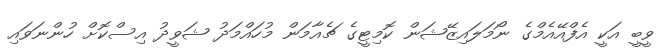
ވީބީ އަކީ އެފްއޭއެމްގެ ނޯމަލައިޒޭޝަން ކޮމިޓީގެ ޗެއާމަން މުހައްމަދު ޝަވީދު އިސްކޮށް ހުންނަވައި